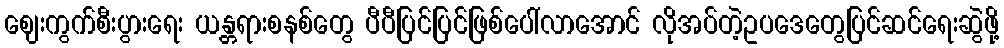
ဈေးကွက်စီးပွားရေး ယန္တရားစနစ်တွေ ပီပီပြင်ပြင်ဖြစ်ပေါ်လာအောင် လိုအပ်တဲ့ဥပဒေတွေပြင်ဆင်ရေးဆွဲဖို့